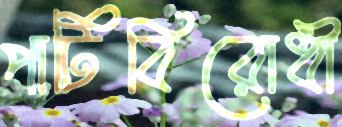
পার্টিবিরোধী